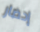
إحضار